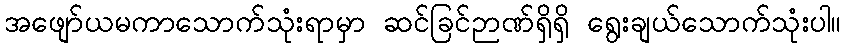
အဖျော်ယမကာသောက်သုံးရာမှာ ဆင်ခြင်ဉာဏ်ရှိရှိ ရွေးချယ်သောက်သုံးပါ။